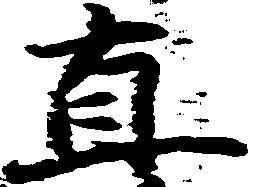
直